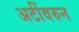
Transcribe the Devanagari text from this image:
अटींवरुन